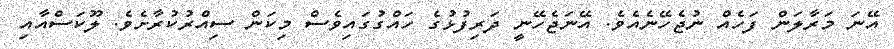
އޭނަ މަރާލަން ފަހެއް ނުޖެހޭނެއެވެ. އޭނަޖެހޭނީ ދަރިފުޅުގެ ހައްގުގައިވެސް މިކަން ސިއްރުކުރާށެވެ. ލޫކަސްއާއި